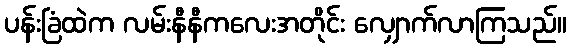
ပန်းခြံထဲက လမ်းနီနီကလေးအတိုင်း လျှောက်လာကြသည်။